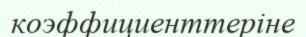
коэффициенттеріне